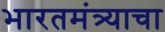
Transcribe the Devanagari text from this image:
भारतमंत्र्याचा